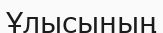
Ұлысының